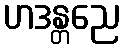
ဟဒန္တညေ